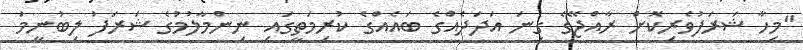
"މިހާ ޝަރަފުވެރިކޮށް ރާއްޖޭގެ ގިނަ އަދަދެއްގެ ބައެއްގެ ކުރިމަތީގައި ނިންމާލުމުގެ ޝަރަފު ލިބުނީމަ